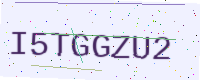
Text: I5TGGZU2